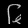
Digit: ၆